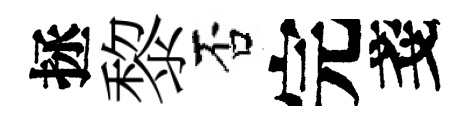
拯黎否完戔